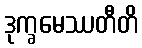
ဒုက္ခမေဿတီတိ